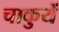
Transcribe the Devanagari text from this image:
चाकुयें